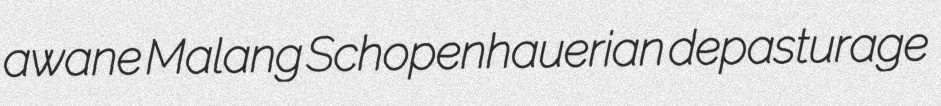
awane Malang Schopenhauerian depasturage